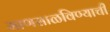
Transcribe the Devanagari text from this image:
माणसाळविण्याची